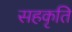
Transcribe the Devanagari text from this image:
सहकृति